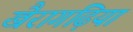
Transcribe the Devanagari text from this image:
खैरागढ़िया